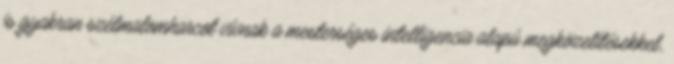
is gyakran szélmalomharcot vívnak a mesterséges intelligencia alapú megközelítésekkel,